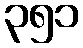
၃၅၁